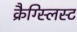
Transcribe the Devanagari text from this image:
क्रैग्स्लिस्ट